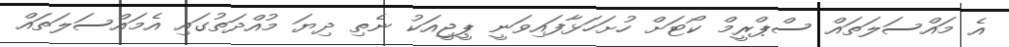
އެ މައްސަލަތައް ސްޕްރީމް ކޯޓަށް ހުށަހަޅާފައިވަނީ ޕީޖީއަކު ނެތި ދިޔަ މުއްދަތުގައި އެމައްސަލަތައް